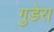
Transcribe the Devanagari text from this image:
गुडेरा